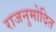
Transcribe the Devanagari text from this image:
राजनुमोदित